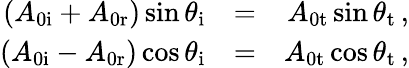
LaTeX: \begin{array}{rlr}{\left(A_{\mathrm{0i}}+A_{\mathrm{0r}}\right)\sin\theta_{\mathrm{i}}}&{=}&{A_{\mathrm{0t}}\sin\theta_{\mathrm{t}}\, ,}\\ {\left(A_{\mathrm{0i}}-A_{\mathrm{0r}}\right)\cos\theta_{\mathrm{i}}}&{=}&{A_{\mathrm{0t}}\cos\theta_{\mathrm{t}}\, ,}\end{array}